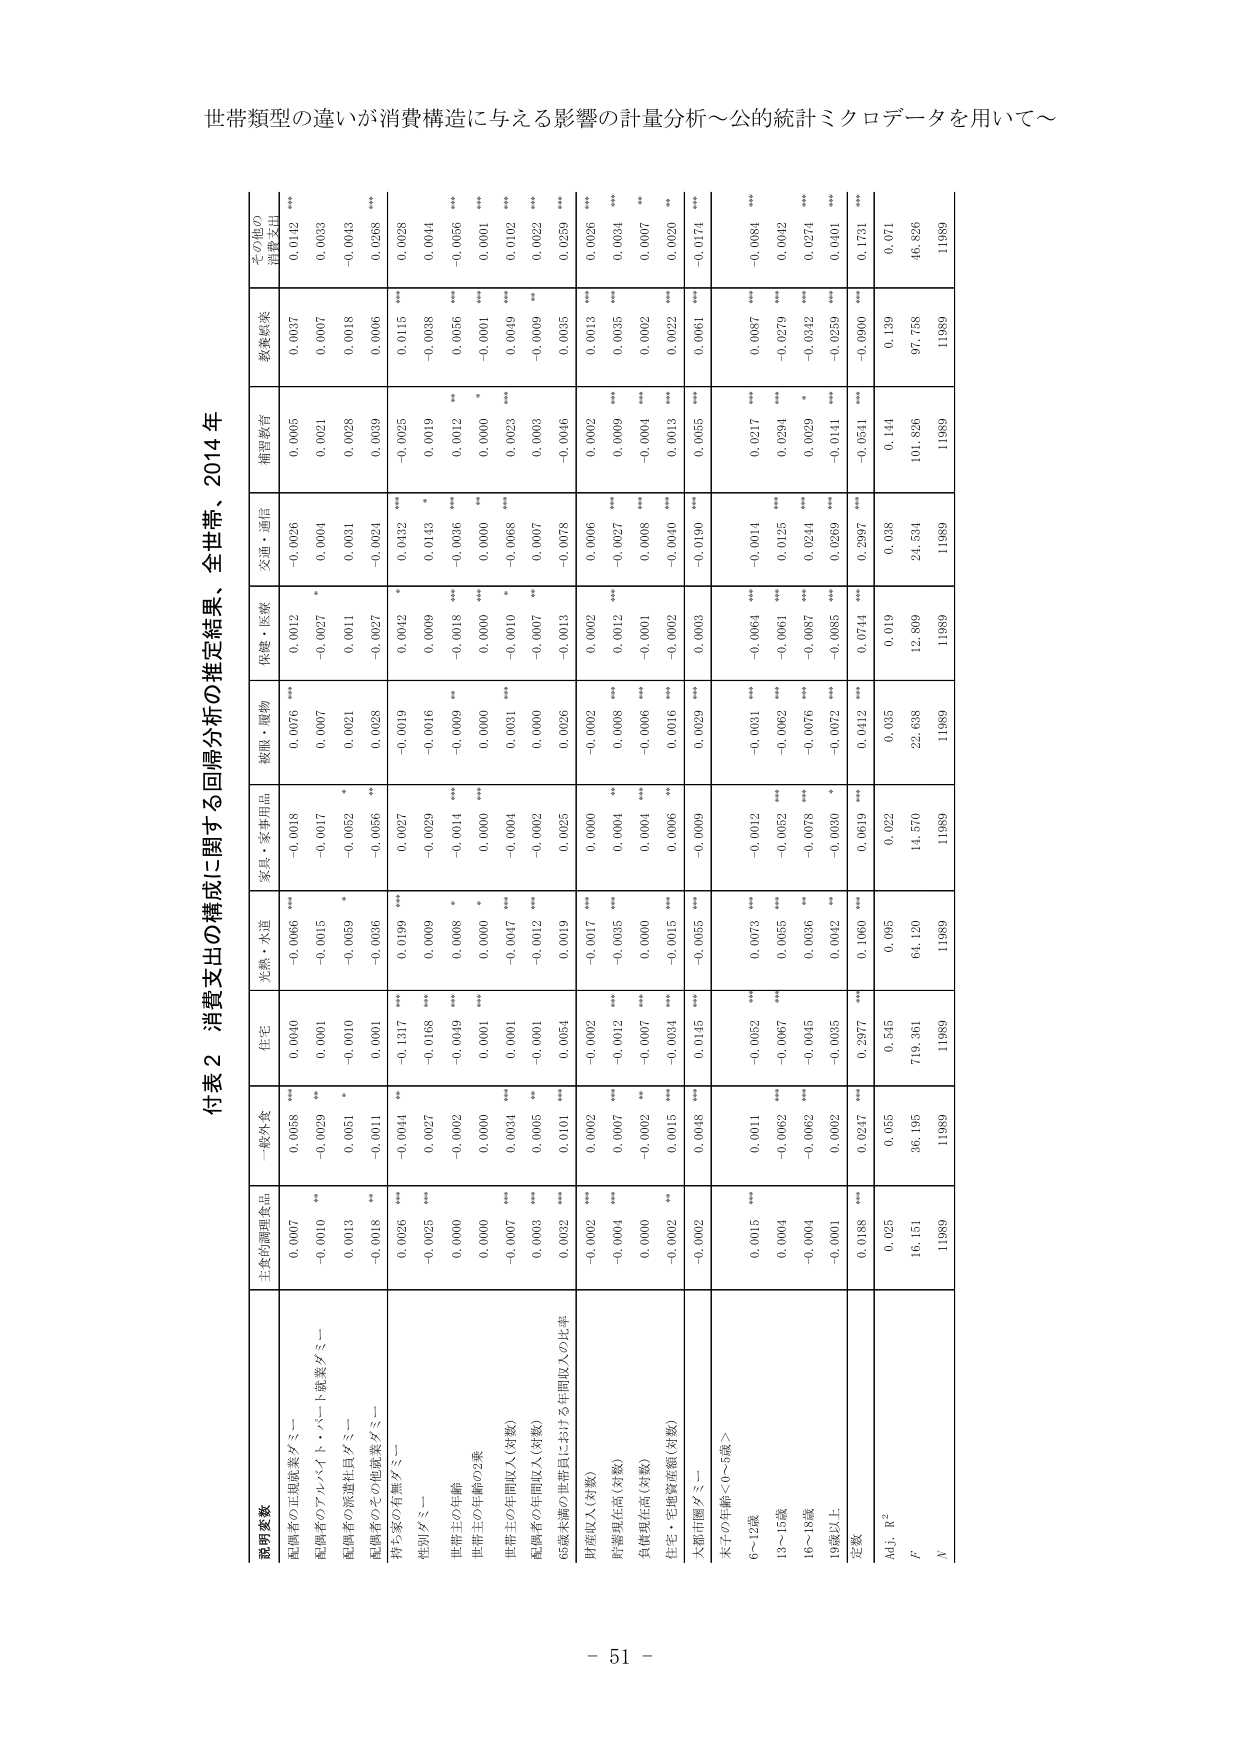
世帯類型の違いが消費構成に与える影響の計量分析～公的統計ミクロデータを用いて～

付表２ 消費支出の構成に関する回帰分析の推定結果、全世帯、2014年

説明変数 | 主食的調理食品 | 一般外食 | 住宅 | 光熱・水道 | 家具・家事用品 | 被服・履物 | 保健・医療 | 交通・通信 | 補習教育 | 教養娯楽 | その他の消費支出
--- | --- | --- | --- | --- | --- | --- | --- | --- | --- | --- | ---
配偶者の正規就業ダミー | 0.0007 ** | 0.0058 ** | 0.0040 ** | -0.0066 *** | -0.0018 | 0.0076 *** | 0.0012 | -0.0026 | 0.0005 | 0.0037 | 0.0142 ***
配偶者のアルバイト・パート就業ダミー | -0.0010 ** | -0.0029 ** | 0.0001 | -0.0015 | -0.0017 | 0.0067 | -0.0027 * | 0.0004 | 0.0021 | 0.0007 | 0.0033
配偶者の派遣社員ダミー | 0.0013 * | 0.0051 * | -0.0010 | -0.0059 * | -0.0052 * | 0.0031 | 0.0011 | 0.0031 | 0.0028 | 0.0018 | -0.0043
配偶者のその他就業ダミー | -0.0018 ** | -0.0011 | 0.0001 | -0.0036 | -0.0056 ** | 0.0028 | -0.0027 | -0.0024 | 0.0039 | 0.0006 | 0.0268 ***
持ち家の有無ダミー | 0.0026 *** | -0.0044 ** | -0.1317 *** | 0.0199 *** | 0.0027 | -0.0019 | 0.0042 * | 0.0132 *** | -0.0025 | 0.0115 *** | 0.0028
性別ダミー | -0.0025 *** | 0.0027 | -0.0168 *** | 0.0009 | -0.0029 | -0.0016 | 0.0009 | 0.0143 * | 0.0019 | -0.0038 | 0.0044
世帯主の年齢 | 0.0000 | -0.0002 | -0.0049 *** | 0.0008 * | -0.0014 *** | -0.0009 ** | -0.0018 *** | -0.0036 *** | 0.0012 ** | 0.0056 *** | -0.0056 ***
世帯主の年齢の2乗 | 0.0000 | 0.0000 | 0.0001 *** | 0.0000 * | 0.0000 *** | 0.0000 | 0.0000 ** | 0.0000 ** | 0.0000 * | -0.0001 *** | 0.0001 ***
世帯主の年間収入(対数) | -0.0007 *** | 0.0034 *** | 0.0001 | -0.0047 *** | -0.0004 | 0.0031 *** | -0.0010 * | -0.0068 *** | 0.0023 | 0.0049 *** | 0.0102 ***
配偶者の年間収入(対数) | 0.0003 *** | 0.0005 ** | -0.0001 | -0.0012 *** | -0.0002 | 0.0000 | -0.0007 ** | 0.0007 | 0.0003 | -0.0009 ** | 0.0022 ***
65歳未満の世帯員における年間収入の比率 | 0.0032 *** | 0.0101 *** | 0.0054 | 0.0019 | 0.0025 | 0.0026 | -0.0013 | -0.0078 | -0.0046 | 0.0035 | 0.0259 ***
財産収入(対数) | -0.0002 *** | 0.0002 | -0.0002 *** | -0.0017 *** | 0.0000 | -0.0002 | 0.0002 | 0.0006 | 0.0002 | 0.0013 *** | 0.0026 ***
貯蓄現在高(対数) | -0.0004 *** | 0.0007 *** | -0.0012 *** | -0.0035 *** | 0.0004 ** | 0.0008 *** | 0.0012 *** | -0.0027 *** | 0.0009 *** | 0.0035 *** | 0.0034 ***
負債現在高(対数) | 0.0000 | -0.0002 ** | -0.0007 *** | 0.0000 | 0.0004 *** | -0.0006 *** | -0.0001 | 0.0008 *** | -0.0004 *** | 0.0002 | 0.0007 **
住宅・宅地資産額(対数) | -0.0002 ** | 0.0015 ** | -0.0034 *** | -0.0015 *** | 0.0006 ** | 0.0016 *** | -0.0002 | -0.0040 *** | 0.0013 | 0.0022 *** | 0.0020 ***
大都市圏ダミー | -0.0002 | 0.0048 *** | 0.0145 *** | -0.0055 *** | -0.0009 | 0.0029 *** | 0.0003 | -0.0190 *** | 0.0055 *** | 0.0061 *** | -0.0174 ***
子どもの年齢＜0～5歳＞ | | | | | | | | | | | |
6～12歳 | 0.0015 *** | 0.0011 | -0.0052 *** | 0.0073 *** | -0.0012 | -0.0031 *** | -0.0064 *** | -0.0014 *** | 0.0217 *** | 0.0087 *** | -0.0084 ***
13～15歳 | 0.0004 | -0.0062 *** | -0.0067 *** | 0.0055 *** | -0.0052 *** | -0.0062 *** | -0.0061 *** | 0.0125 *** | 0.0294 *** | -0.0279 *** | 0.0042
16～18歳 | -0.0004 | -0.0062 *** | -0.0045 *** | 0.0036 ** | -0.0078 *** | -0.0076 *** | -0.0087 *** | 0.0244 *** | 0.0029 * | -0.0342 *** | 0.0274 ***
19歳以上 | -0.0001 | 0.0002 | -0.0035 *** | 0.0042 ** | -0.0030 * | -0.0072 *** | -0.0085 *** | 0.0269 *** | -0.0141 *** | -0.0259 *** | 0.0401 ***
定数 | 0.0188 *** | 0.0247 *** | 0.2977 *** | 0.1060 *** | 0.0619 | 0.0412 *** | 0.0714 *** | 0.2997 *** | -0.0541 *** | -0.0900 *** | 0.1731 ***
Adj. R² | 0.025 | 0.055 | 0.545 | 0.095 | 0.022 | 0.035 | 0.019 | 0.038 | 0.144 | 0.139 | 0.071
F | 16.151 | 36.195 | 719.361 | 64.120 | 14.570 | 22.638 | 12.809 | 24.534 | 101.895 | 97.758 | 46.826
N | 11989 | 11989 | 11989 | 11989 | 11989 | 11989 | 11989 | 11989 | 11989 | 11989 | 11989

－ 51 －